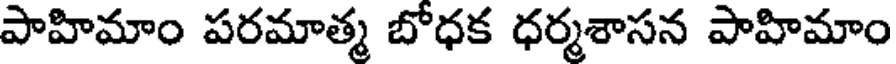
పాహిమాం పరమాత్మ బోధక ధర్మశాసన పాహిమాం